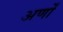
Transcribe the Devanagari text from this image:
अर्णों